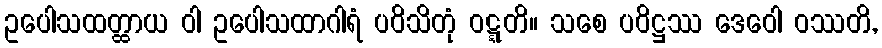
ဥပေါသထတ္ထာယ ဝါ ဥပေါသထာဂါရံ ပဝိသိတုံ ဝဋ္ဋတိ။ သစေ ပဝိဋ္ဌဿ ဒေဝေါ ဝဿတိ,